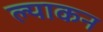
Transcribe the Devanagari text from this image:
ल्याकन